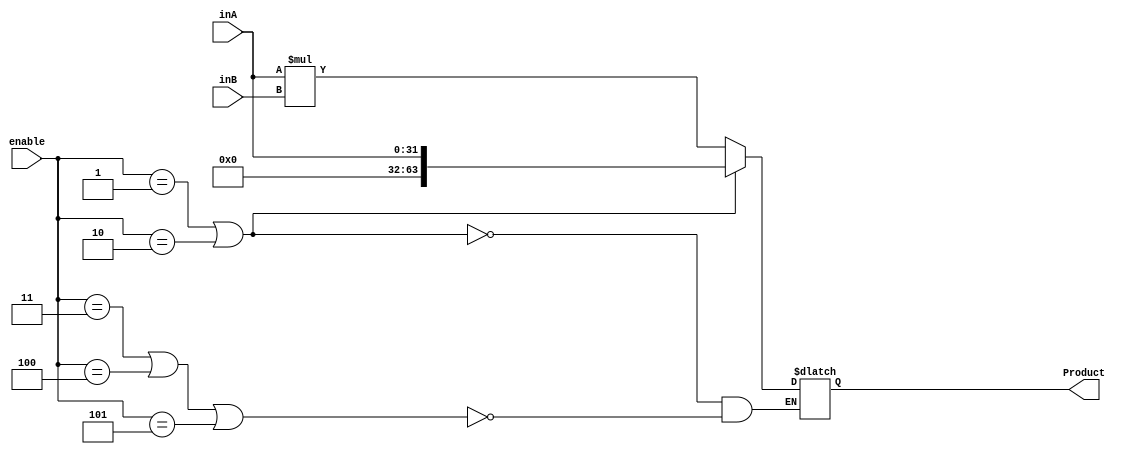
`timescale 1ns / 1ps
//////////////////////////////////////////////////////////////////////////////////
// Company: 
// Engineer: 
// 
// Design Name: 
// Module Name: MEMHiLoRegFile
// Project Name: 
// Target Devices: 
// Tool Versions: 
// Description: 
// 
// Dependencies: 
// 
// Revision:
// Revision 0.01 - File Created
// Additional Comments:
// 
//////////////////////////////////////////////////////////////////////////////////


module MEMHiLoRegFile(inA,inB,Product,enable);
input [31:0] inA, inB;
input [3:0] enable;
output reg [63:0] Product;

always @(inA,inB,enable) begin 
    if (enable == 1 || enable == 2) begin
        Product <= inA;
    end
    else if (enable == 3 || enable == 4 || enable == 5) begin
        Product <= inA*inB;
    end 
  
end
endmodule